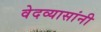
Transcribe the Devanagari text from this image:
वेदव्यासांनी